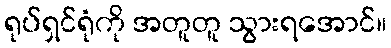
ရုပ်ရှင်ရုံကို အတူတူ သွားရအောင်။